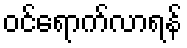
ဝင်ရောက်လာရန်